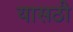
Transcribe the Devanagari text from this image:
यासठी